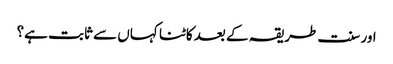
اور سنت طریقہ کے بعد کاٹنا کہاں سے ثابت ہے؟